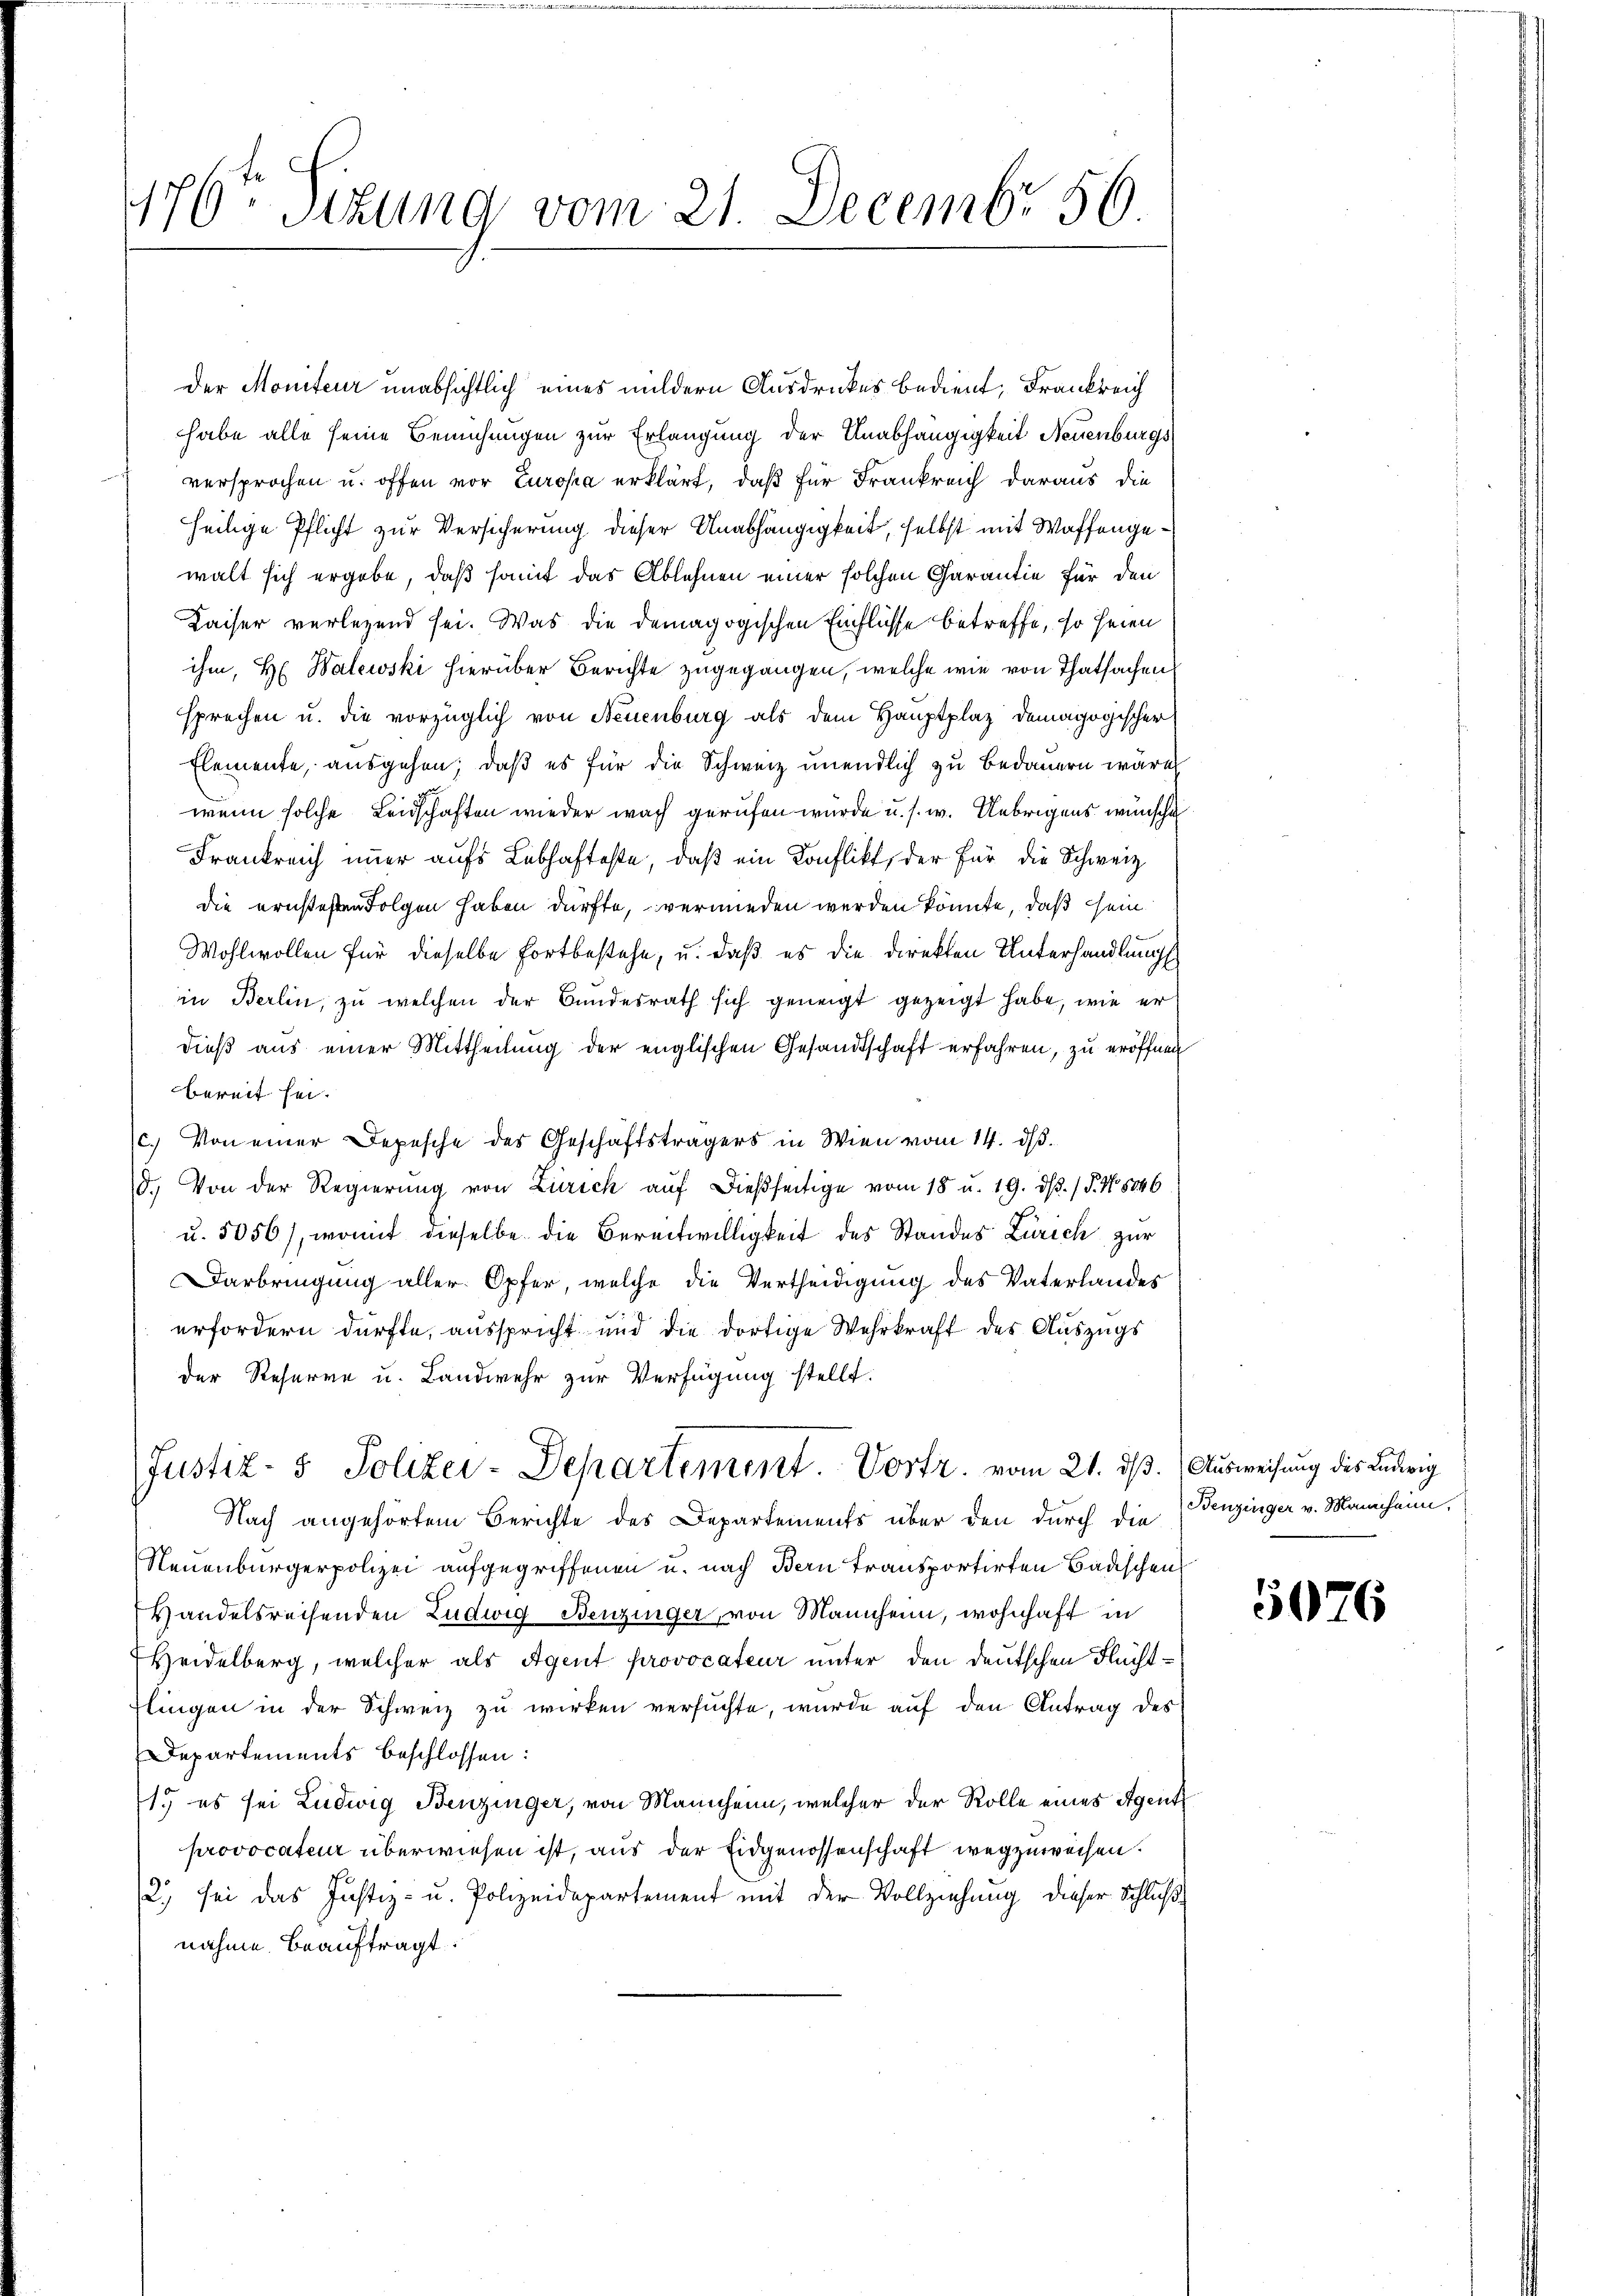
176ten Sizung vom 21. Decembr 56

Der Moniteur unabsichtlich eines mildern Ausdruckes bedient, Frankreich
habe alle seine Bemühungen zur Erlangung der Unabhängigkeit Neuenburgs
versprochen u. offen vor Europa erklärt, daß für Frankreich daraus die
heilige Pflicht zur Versicherung dieser Unabhängigkeit, selbst mit Waffengewalt sich ergabe, daß somit das Ablehnen einer solchen Carantie für den
Kaiser verlegend sei. Was die demagogischen Einflüsse betreffe, so seien
ihm, H. Walewski hierüber Berichte zugegangen, welche wie von Thatsachen
sprechen u. die vorzüglich von Neuenburg als dem Hauptplaz demagogischer
Elemente, ausgehen; daß es für die Schweiz unendlich zu bedauern wäre
wenn solche Leidschaften wieder wach gerufen wurde u. s. w. Uebrigens wünsche
Frankreich immer aufs Lebhafteste, daß ein Konflikt, der für die Schweiz
die ernstesten Folgen haben dürfte, vermieden werden könnte, daß sein
Wohlwollen für dieselbe Fortbestehe, u. daß es die direkten Unterhandlung
in Berlin, zu welchen der Bundesrath sich geneigt gezeigt habe, wie er
dieß aus einer Mittheilung der englischen Gesandtschaft erfahren, zu eröffnen
bereit sei.
c.) Von einer Depesche des Geschäftsträgers in Wien vom 14. ds.
d.) Von der Regierung von Zürich auf dießseitige vom 18 u. 19. ds. (T. No 8846
u. 5056), womit dieselbe die Bereitwilligkeit des Standes Zürich zur
Darbringung aller Opfer, welche die Vertheidigung des Vaterlandes
erfordern dürfte, ausspricht und die dortige Wehrkraft des Auszugs
der Reserve u. Landwehr zur Verfügung stellt.
Justiz- & Polizei-Departement. Vortr. vom 21. dß. (Ausweisung des Ludwig
Nach angehörtem Berichte des Departements über den durch die
Neuenburgerpolizei aufgegriffenen u. nach Bern transportirten Badischen
Handelsreisenden Ludwig Benzinger, von Mannhein, wohnhaft in
Heidelberg, welcher als Agent provocateur unter den deutschen Fluchtlingen in der Schweiz zu wirken versuchte, wurde auf den Antrag des
Departements beschlossen:
1.) es sei Ludwig Benzinger, von Mannheim, welcher der Rolle eines Agent
provocateur überwiesen ist, aus der Eidgenossenschaft wegzuweisen.
2) sei das Justiz- u. Polizeidepartement mit der Vollziehung dieser Schlußnahme beauftragt.

Benzinger v. Mannheim,

5076